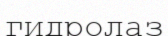
гидролаз